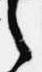
之